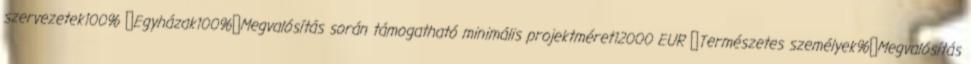
szervezetek100% ▪Egyházak100%▪Megvalósítás során támogatható minimális projektméret12000 EUR ▪Természetes személyek%▪Megvalósítás